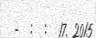
-  :  :  17